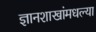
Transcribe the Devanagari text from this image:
ज्ञानशाखांमधल्या